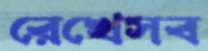
রেখেসব